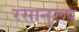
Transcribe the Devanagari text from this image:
रसानुरूप